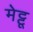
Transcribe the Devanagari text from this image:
मेट्टू